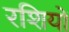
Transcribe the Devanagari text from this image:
रशियों